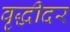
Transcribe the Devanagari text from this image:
वृद्धीदर